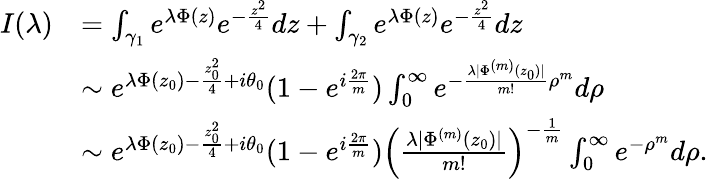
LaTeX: \begin{array}{rl}{I(\lambda)}&{=\int_{\gamma_{1}}e^{\lambda\Phi(z)}e^{-\frac{z^{2}}{4}}dz+\int_{\gamma_{2}}e^{\lambda\Phi(z)}e^{-\frac{z^{2}}{4}}dz}\\ &{\sim e^{\lambda\Phi(z_{0})-\frac{z_{0}^{2}}{4}+i\theta_{0}}(1-e^{i\frac{2\pi}{m}})\int_{0}^{\infty}e^{-\frac{\lambda|\Phi^{(m)}(z_{0})|}{m!}\rho^{m}}d\rho}\\ &{\sim e^{\lambda\Phi(z_{0})-\frac{z_{0}^{2}}{4}+i\theta_{0}}(1-e^{i\frac{2\pi}{m}})\left(\frac{\lambda|\Phi^{(m)}(z_{0})|}{m!}\right)^{-\frac{1}{m}}\int_{0}^{\infty}e^{-\rho^{m}}d\rho.}\end{array}